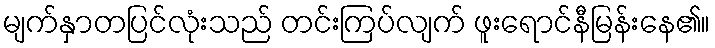
မျက်နှာတပြင်လုံးသည် တင်းကြပ်လျက် ဖူးရောင်နီမြန်းနေ၏။